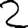
Digit: 2